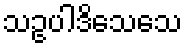
သဥပါဒိသေသေ